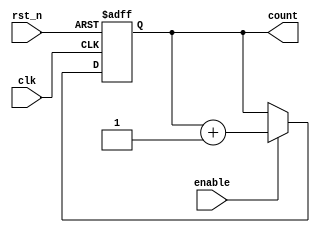
module cascaded_counter (
    input wire clk,        // Clock input
    input wire rst_n,     // Active-low asynchronous reset
    input wire enable,     // Enable signal
    output reg [3:0] count // 4-bit count output
);

    // Always block triggered on the rising edge of the clock or the active-low reset
    always @(posedge clk or negedge rst_n) begin
        if (!rst_n) begin
            count <= 4'b0000; // Reset count to 0
        end else if (enable) begin
            // Increment count
            count <= count + 1; // Count increment on enable
        end
    end

endmodule